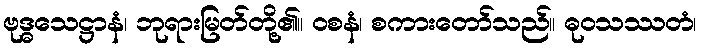
ဗုဒ္ဓသေဋ္ဌာနံ၊ ဘုရားမြတ်တို့၏။ ဝစနံ၊ စကားတော်သည်။ ဓုဝသဿတံ၊